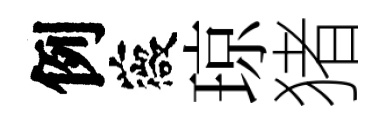
例薇琼猪